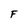
Character: F